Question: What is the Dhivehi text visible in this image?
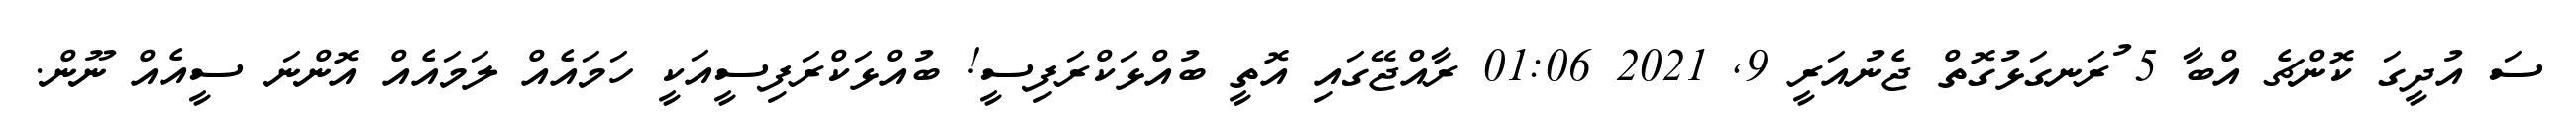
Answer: ސަ އުދީގަ ކޮންޗެ އްބާ 5 ުރަނގަޅުގޮތް ޖެނުއަރީ 9, 2021 01:06 ރާއްޖޭގައި އޮތީ ބުއްޅަކްރަފިސީ! ބުއްޅަކްރަފިސީއަކީ ހަމައެއް ލަމައެއް އޮންނަ ސީއެއް ނޫން.